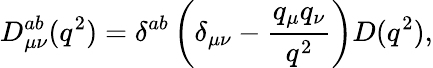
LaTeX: D_{\mu\nu}^{ab}(q^{2})=\delta^{ab}\left(\delta_{\mu\nu}-\frac{q_{\mu}q_{\nu}}{q^{2}}\right)D(q^{2}),